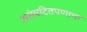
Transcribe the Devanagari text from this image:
असंघटितपणाचा